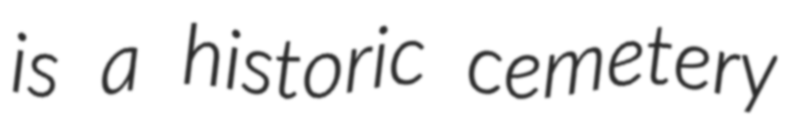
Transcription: is a historic cemetery